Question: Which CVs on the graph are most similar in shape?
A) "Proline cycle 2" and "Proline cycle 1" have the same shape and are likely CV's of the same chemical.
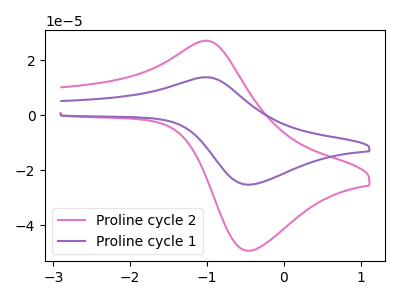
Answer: <think>The pink curve "Proline cycle 2" has an anodic peak at (-1.05V, 27.15uA) and a cathodic peak at (-0.50V, -49.20uA). The purple curve "Proline cycle 1" has an anodic peak at (-1.05V, 13.90uA) and a cathodic peak at (-0.50V, -25.20uA).
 All the peaks in "Proline cycle 2" have a peak in "Proline cycle 1" at the same potential. Every peak in "Proline cycle 2" is higher than every peak in "Proline cycle 1".</think>
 <answer>A) "Proline cycle 2" and "Proline cycle 1" have the same shape and are likely CV's of the same chemical.</answer>
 <eval>A</eval>